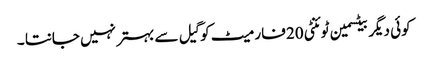
کوئی دیگر بیٹسمین ٹوئنٹی 20 فارمیٹ کو گیل سے بہتر نہیں جانتا ۔